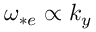
\omega _ { * e } \propto k _ { y }